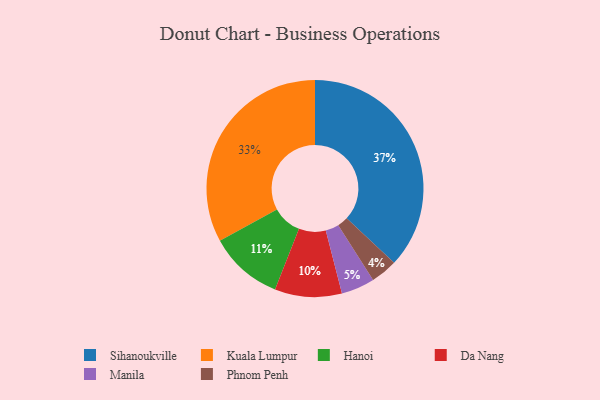
{"axis": {"x": "Category", "y": "Percentage"}, "legend": ["Da Nang", "Hanoi", "Kuala Lumpur", "Manila", "Phnom Penh", "Sihanoukville"], "data": [{"x": "Phnom Penh", "y": 4, "type": "Phnom Penh"}, {"x": "Manila", "y": 5, "type": "Manila"}, {"x": "Hanoi", "y": 11, "type": "Hanoi"}, {"x": "Sihanoukville", "y": 37, "type": "Sihanoukville"}, {"x": "Da Nang", "y": 10, "type": "Da Nang"}, {"x": "Kuala Lumpur", "y": 33, "type": "Kuala Lumpur"}]}